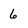
Character: 6